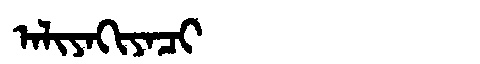
Manchu: ᠠᠯᡳᠶᠠᡴᡳᠶᠠᠴᡳ
Romanization: ALIYAKIYACI